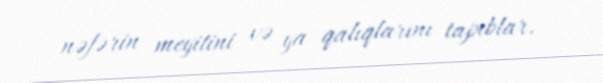
nəfərin meyitini və ya qalıqlarını tapıblar.